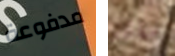
مدفوعة متأثر